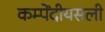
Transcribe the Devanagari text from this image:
कम्पेंदीयसली